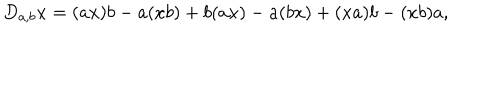
D _ { a , b } x = ( a x ) b - a ( x b ) + b ( a x ) - a ( b x ) + ( x a ) b - ( x b ) a ,